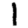
Digit: 1